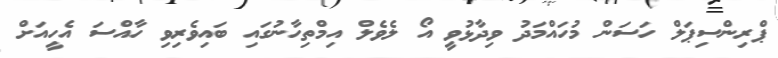
ޕްރިންސިޕަލް ހަސަން މުހައްމަދު ވިދާޅުވީ އޯ ލެވެލް އިމްތިހާނުގައި ބައިވެރިވި ހާއްސަ އެހީއަށް